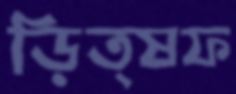
ড়িত্ষফ